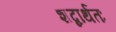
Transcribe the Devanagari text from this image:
शब्दार्थतः